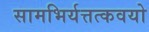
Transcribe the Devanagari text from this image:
सामभिर्यत्तत्कवयो